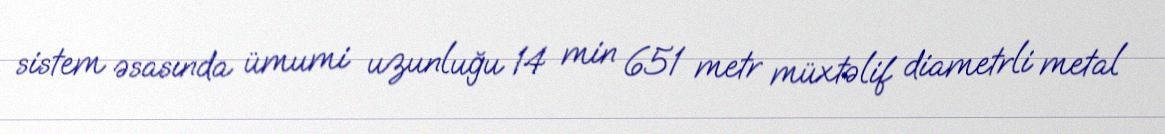
sistem əsasında ümumi uzunluğu 14 min 651 metr müxtəlif diametrli metal